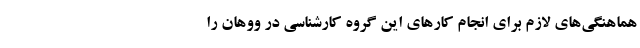
هماهنگی‌های لازم برای انجام کار‌های این گروه کارشناسی در ووهان را